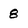
Character: 8